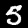
Digit: 5